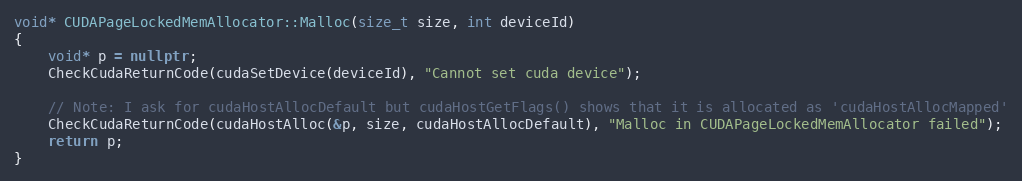
Language: C++
void* CUDAPageLockedMemAllocator::Malloc(size_t size, int deviceId)
{
    void* p = nullptr;
    CheckCudaReturnCode(cudaSetDevice(deviceId), "Cannot set cuda device");

    // Note: I ask for cudaHostAllocDefault but cudaHostGetFlags() shows that it is allocated as 'cudaHostAllocMapped'
    CheckCudaReturnCode(cudaHostAlloc(&p, size, cudaHostAllocDefault), "Malloc in CUDAPageLockedMemAllocator failed");
    return p;
}